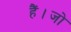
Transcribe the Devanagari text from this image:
हैं।जो